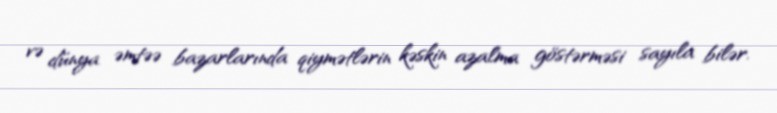
və dünya əmtəə bazarlarında qiymətlərin kəskin azalma göstərməsi sayıla bilər.